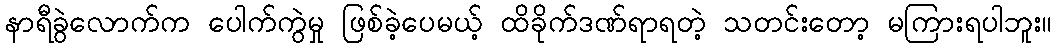
နာရီခွဲလောက်က ပေါက်ကွဲမှု ဖြစ်ခဲ့ပေမယ့် ထိခိုက်ဒဏ်ရာရတဲ့ သတင်းတော့ မကြားရပါဘူး။